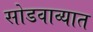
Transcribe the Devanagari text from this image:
सोडवाव्यात